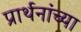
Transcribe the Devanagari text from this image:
प्रार्थनांच्या